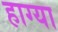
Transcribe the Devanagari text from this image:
हाग्या